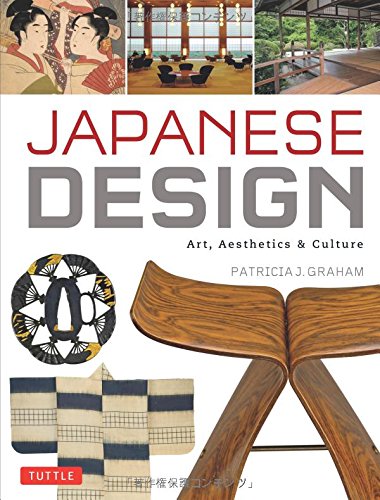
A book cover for Japanese Design: Art, Aesthetics & Culture; Patricia J. Graham; Crafts, Hobbies & Home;